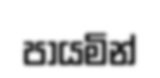
පායමින්